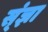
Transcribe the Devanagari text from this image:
स्ंज्ञा